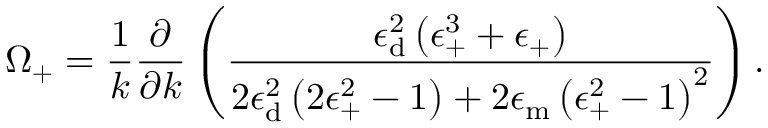
\Omega _ { \mathrm { + } } = \frac { 1 } { k } \frac { \partial } { \partial k } \left( \frac { \epsilon _ { \mathrm { { d } } } ^ { 2 } \left( \epsilon _ { \mathrm { + } } ^ { 3 } + \epsilon _ { \mathrm { + } } \right) } { 2 \epsilon _ { \mathrm { { d } } } ^ { 2 } \left( 2 \epsilon _ { \mathrm { + } } ^ { 2 } - 1 \right) + 2 \epsilon _ { \mathrm { { m } } } \left( \epsilon _ { \mathrm { + } } ^ { 2 } - 1 \right) ^ { 2 } } \right) .